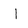
Character: l